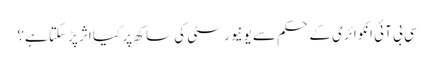
سی بی آئی انکوائری کے حکم سے یونیورسٹی کی ساکھ پر کیا اثر پڑ سکتا ہے؟